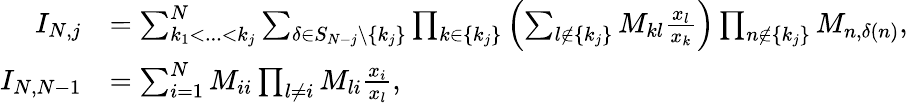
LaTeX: \begin{array}{rl}{I_{N,j}}&{=\sum_{k_{1}<...<k_{j}}^{N}\sum_{\delta\in S_{N-j}\backslash\{ k_{j}\} }\prod_{k\in\{ k_{j}\} }\left(\sum_{l\not\in\{ k_{j}\} }M_{kl}\frac{x_{l}}{x_{k}}\right)\prod_{n\not\in\{ k_{j}\} }M_{n,\delta(n)},}\\ {I_{N,N-1}}&{=\sum_{i=1}^{N}M_{ii}\prod_{l\neq i}M_{li}\frac{x_{i}}{x_{l}},}\end{array}